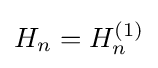
H_{n}=H_{n}^{(1)}